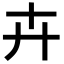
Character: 卉